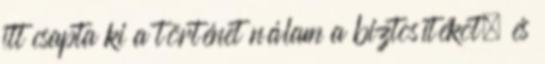
itt csapta ki a történet nálam a biztosítékot, és